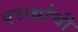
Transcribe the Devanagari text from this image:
परार्थाची